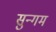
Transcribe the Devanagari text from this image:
सुन्गम